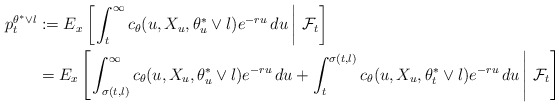
\begin{align*}p_t^{\theta^*\vee l}&:= E_x\left[\left.\int_t^{\infty}c_{\theta}(u,X_u,\theta_u^*\vee l)e^{-ru}\,du\,\right\vert\,\mathcal{F}_t \right] \\&= E_x\left[\left.\int_{\sigma(t,l)}^{\infty}c_{\theta}(u,X_u,\theta_u^*\vee l)e^{-ru}\,du + \int_t^{\sigma(t,l)}c_{\theta}(u,X_u,\theta_t^*\vee l)e^{-ru}\,du\,\right\vert\,\mathcal{F}_t \right]\end{align*}